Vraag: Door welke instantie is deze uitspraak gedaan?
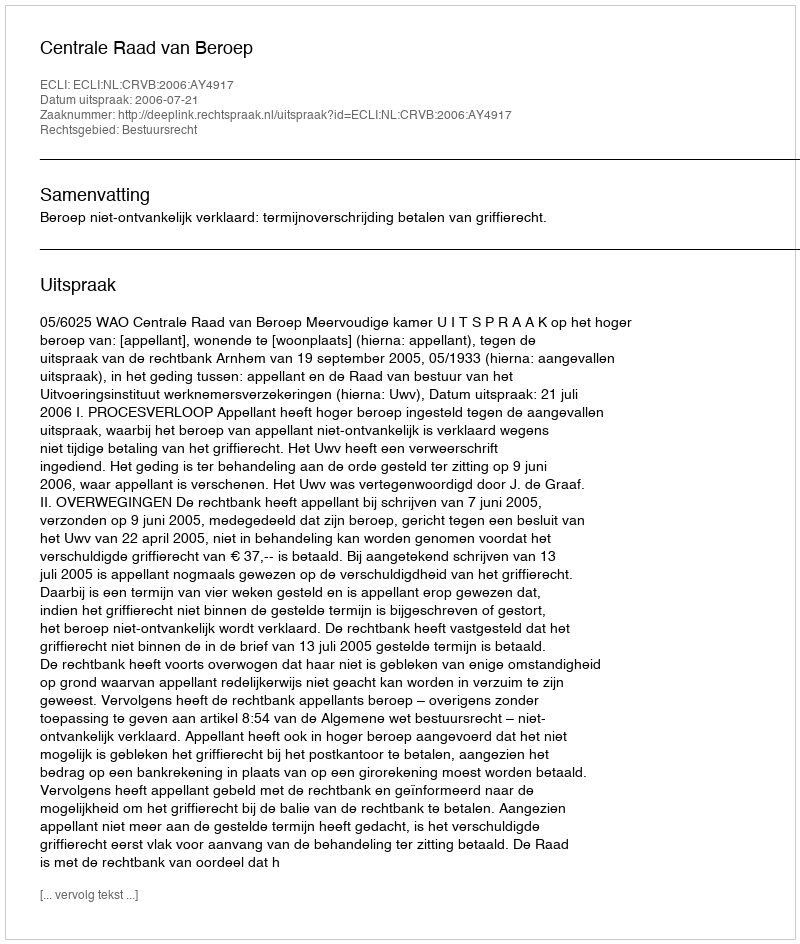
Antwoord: Centrale Raad van Beroep